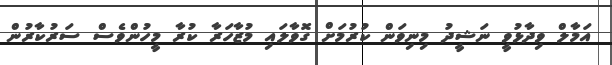
އަމާލް ވިދާޅުވީ ނަޝީދު މިނިވަން ކުރުމަށް ގޮވާލައި މުޒާހަރާ ކުރާ މީހުންވެސް ސަރުކާރުން